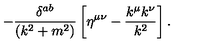
- \frac { \delta ^ { a b } } { ( k ^ { 2 } + m ^ { 2 } ) } \left[ \eta ^ { \mu \nu } - \frac { k ^ { \mu } k ^ { \nu } } { k ^ { 2 } } \right] .